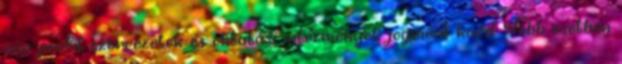
non-profit szervezetek és oktatási intézmények jogaiért küzd. Több esetben